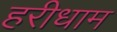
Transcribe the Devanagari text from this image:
हरीधाम